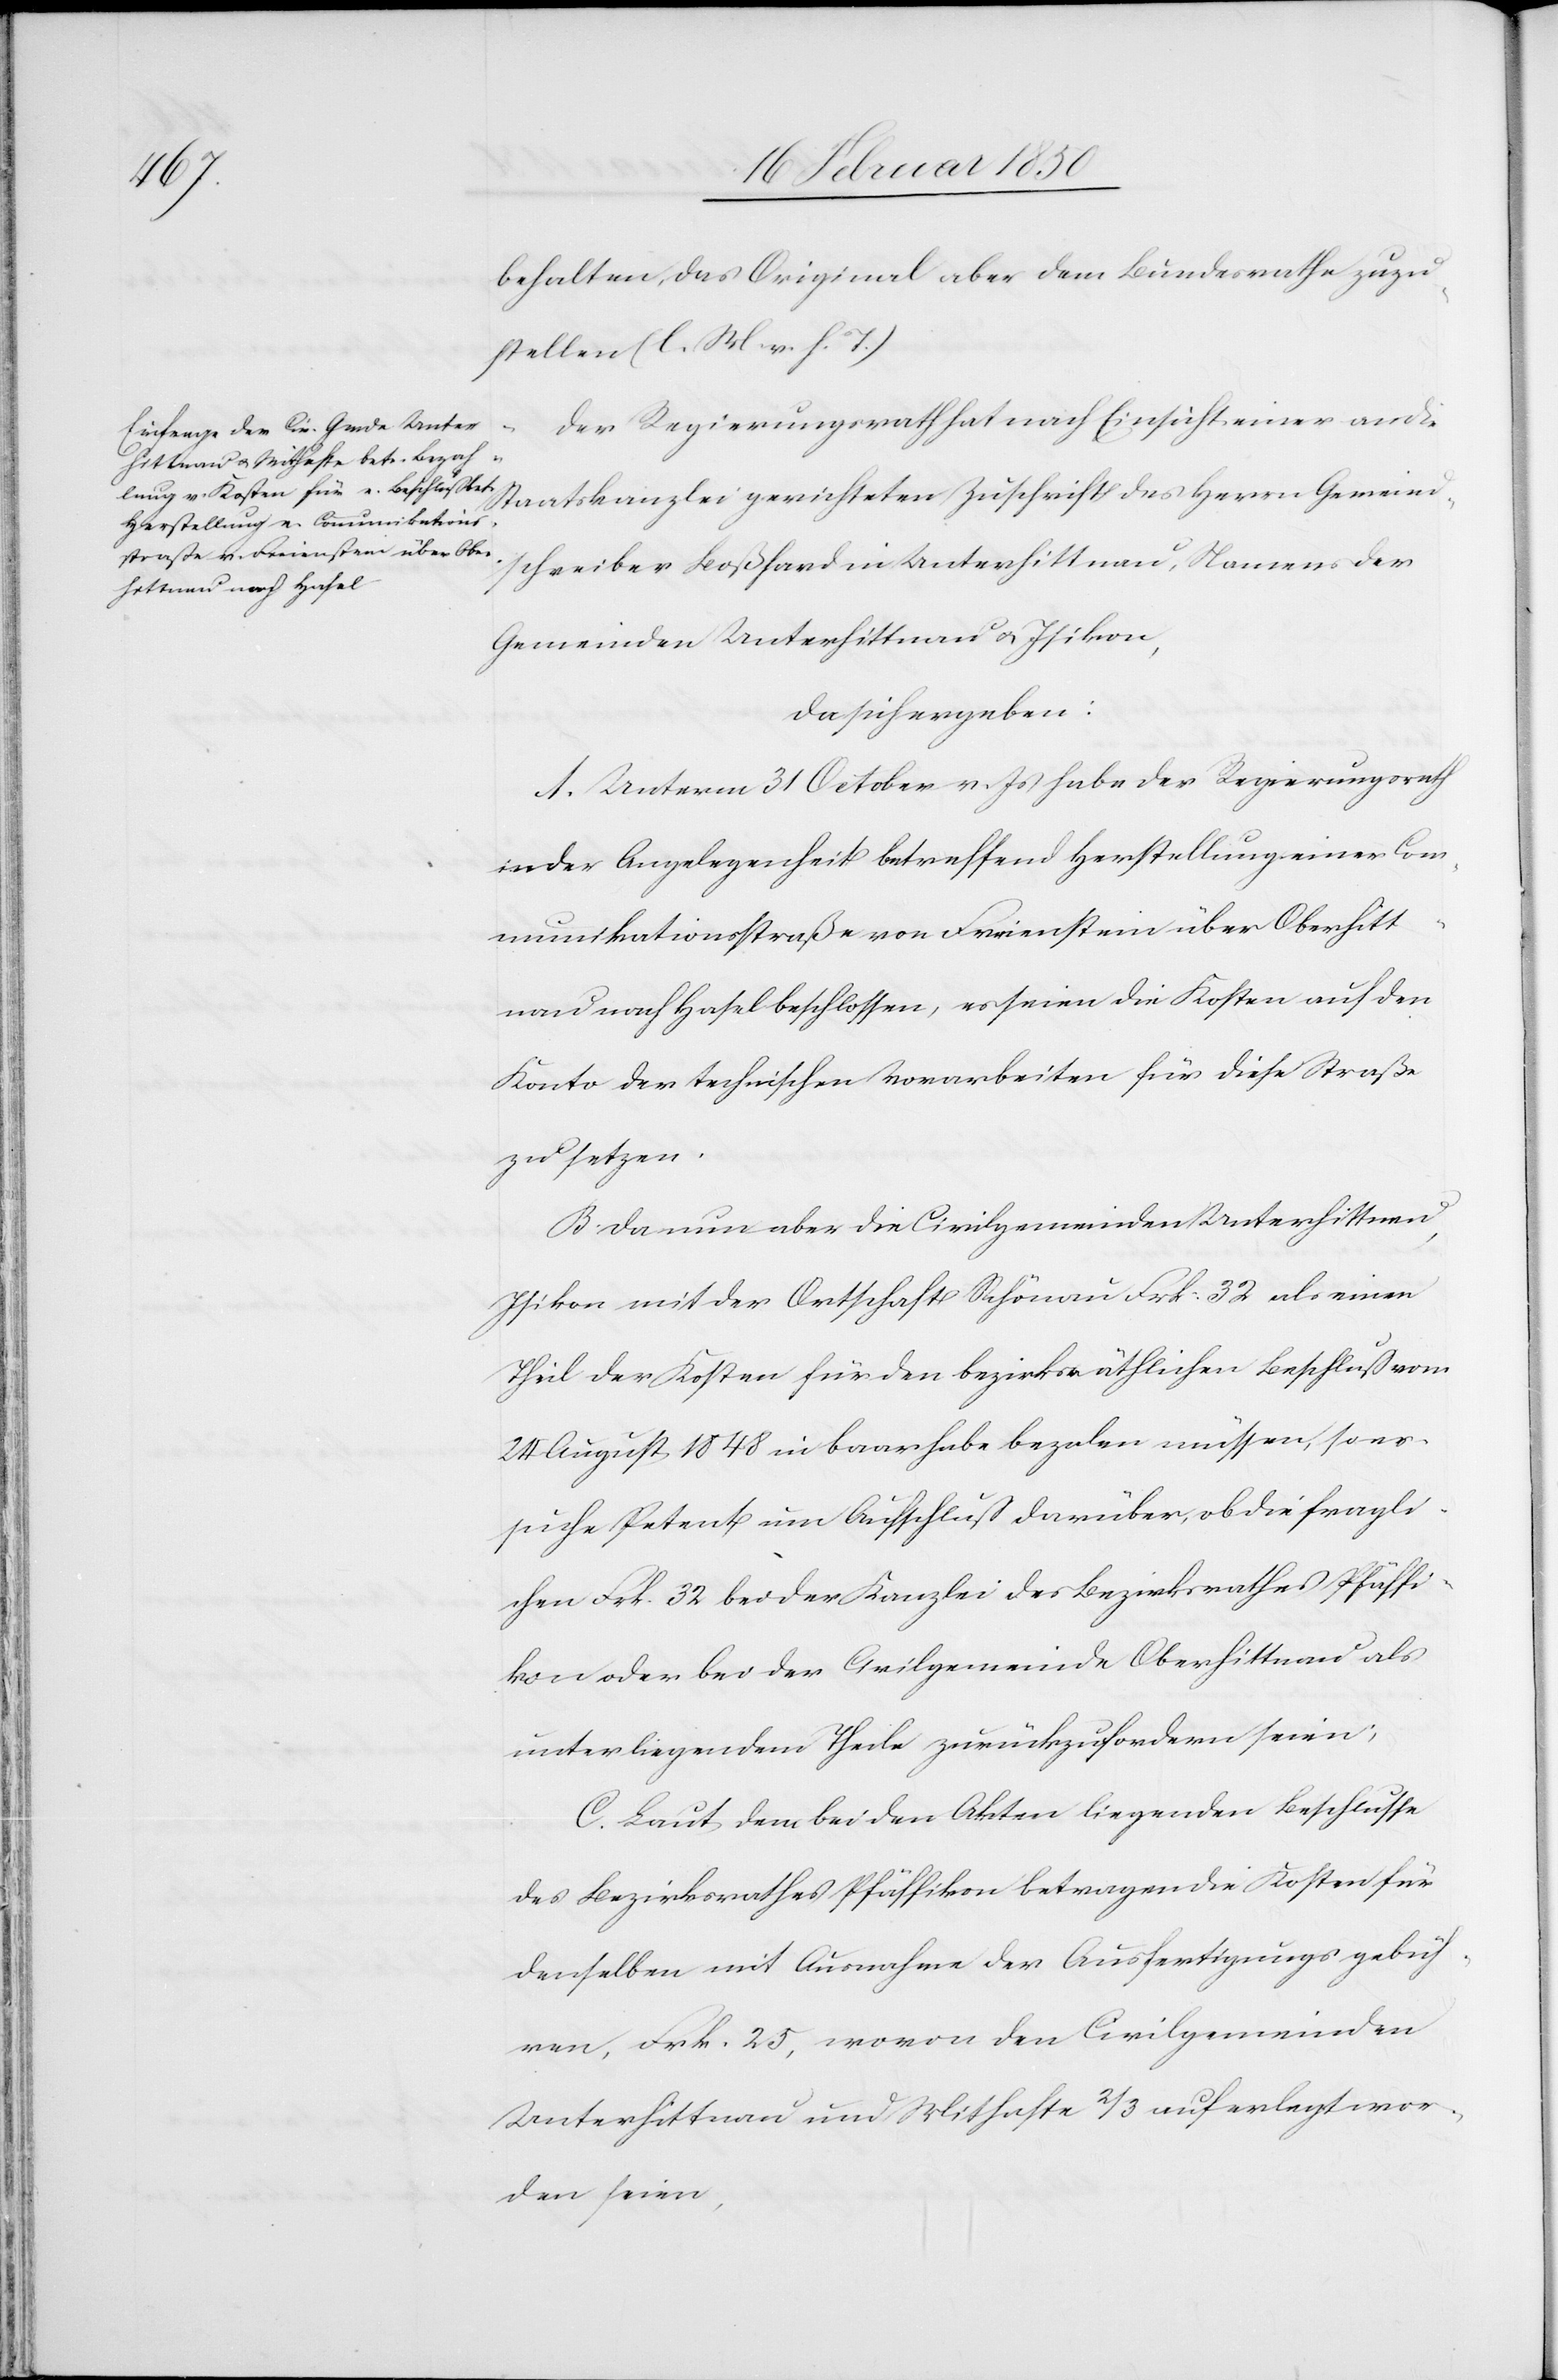
behalten, das Original aber dem Bundesrathe zuzu¬
stellen (l. M. v. h. T.)
Der Regierungsrath hat nach Einsicht einer an die
Staatskanzlei gerichteten Zuschrift des Herrn Gemeinds¬
chreiber Boßhard in Unterhittnau, Namens der
Gemeinden Unterhittnau u. Isikon,
da sich ergeben:
A. Unterm 31 October v. Js habe der Regierungsrath
in der Angelegenheit betreffend Herstellung einer Com¬
munikationsstraße von Freienstein über Oberhitt¬
nau nach Hasel beschlossen, es seien die Kosten auf den
Konto der technischen Vorarbeiten für diese Straße
zu setzen.
B. Da nun aber die Civilgemeinden Unterhittnau,
Isikon mit der Ortschaft Schönau Frk: 32 als einen
Theil der Kosten für den bezirksräthlichen Beschluß vom
24 August 1848 in baar habe bezalen müssen, so er¬
suche Petent um Aufschluß darüber, ob die fragli¬
chen Frk. 32 bei der Kanzlei des Bezirksrathes Pfäffi¬
kon oder bei der Civilgemeinde Oberhittnau als
unterliegendem Theile zurückzufordern seien;
C. Laut dem bei den Akten liegenden Beschlusse
des Bezirksrathes Pfäffikon betragen die Kosten für
denselben mit Ausnahme der Ausfertigungsgebüh¬
ren, Frk. 25, wovon den Civilgemeinden
Unterhittnau und Mithafte 2/3 auferlegt wor¬
den seien,